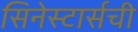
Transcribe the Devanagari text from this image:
सिनेस्टार्सची